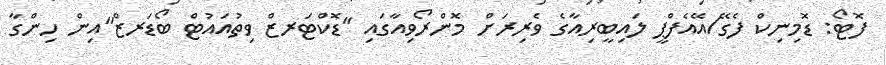
ފޮޓޯ: ޑޮމިނިކް ފެގޭ/އޭއެފްޕީ ލައިބީރިއާގެ ވެރިރަށް މޮންރޯވިއާގައި "ޑޮކްޓަރޒް ވިތުއައުޓް ބޯޑަރޒް"އިން ހިންގާ